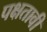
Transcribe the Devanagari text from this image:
पक्षतावी